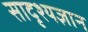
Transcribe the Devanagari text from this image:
सादृश्यज्ञान